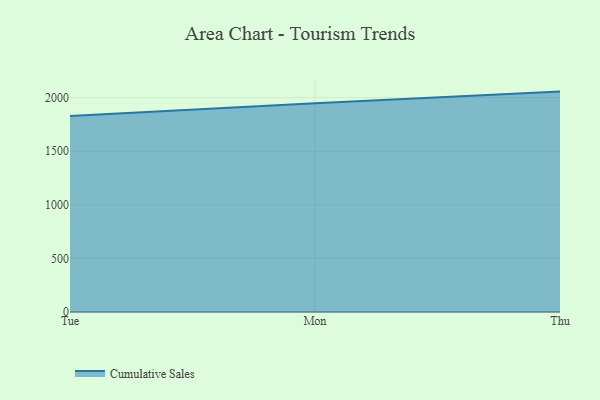
{"axis": {"x": "Day", "y": "Backlog"}, "legend": ["Cumulative Sales"], "data": [{"x": "Tue", "y": 1829.4, "type": "Cumulative Sales"}, {"x": "Mon", "y": 1948.7, "type": "Cumulative Sales"}, {"x": "Thu", "y": 2056.3, "type": "Cumulative Sales"}]}